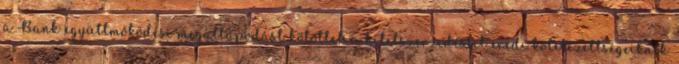
a Bank együttmőködési megállapodást kötöttek a hitelszerzıdésbıl eredı kötelezettségeiknek